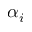
\alpha _ { i }